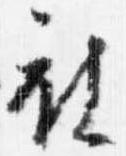
被